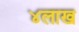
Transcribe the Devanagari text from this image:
४लाख